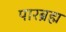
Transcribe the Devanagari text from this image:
पारब्रह्म